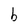
Character: b